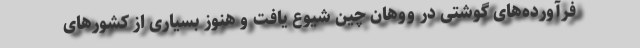
فرآورده‌های گوشتی در ووهان چین شیوع یافت و هنوز بسیاری از کشورهای